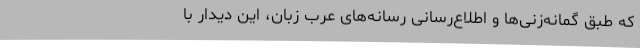
که طبق گمانه‌زنی‌ها و اطلاع‌رسانی رسانه‌های عرب زبان، این دیدار با